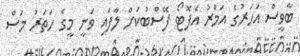
ބާވީސް އަހަރުގެ އަމްރު އެފޮޓޯ ފޭސްބުކަށް ލާފައި ވަނީ މީގެ ހަތަރު މަސް